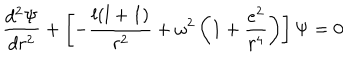
LaTeX: \frac { d ^ { 2 } \Psi } { d r ^ { 2 } } + \left[ - \frac { l ( l + 1 ) } { r ^ { 2 } } + \omega ^ { 2 } \left( 1 + \frac { e ^ { 2 } } { r ^ { 4 } } \right) \right] \Psi = 0